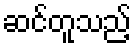
ဆင်တူသည့်